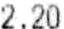
2.20